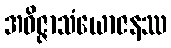
အဝိဇ္ဇာသံယောဇနဿ